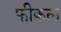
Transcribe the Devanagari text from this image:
फीकल